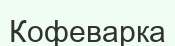
Кофеварка